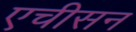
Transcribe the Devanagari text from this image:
एचीसन